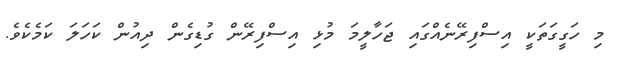
މި ހަގީގަަތަކީ އިސްފިިރޭނެއްގައި ޖަހާލީމަ މުޅި އިސްފިރޭން ގުޑިގެން ދިއުން ކަހަލަ ކަމެކެވެ.